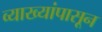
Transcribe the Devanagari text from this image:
व्याख्यांपासून